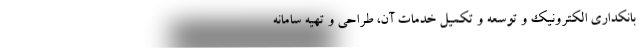
بانکداری الکترونیک و توسعه و تکمیل خدمات آن، طراحی و تهیه سامانه